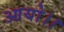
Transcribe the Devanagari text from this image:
आयो।।